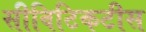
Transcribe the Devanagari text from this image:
सीविटिकटीस